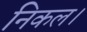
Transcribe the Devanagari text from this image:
निकल।